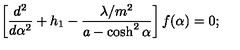
\left[ \frac { d ^ { 2 } } { d \alpha ^ { 2 } } + h _ { 1 } - \frac { \lambda / m ^ { 2 } } { a - \cosh ^ { 2 } \alpha } \right] f ( \alpha ) = 0 ;